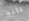
كأنه